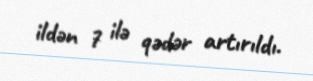
ildən 7 ilə qədər artırıldı.